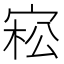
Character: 𡨭